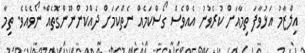
އިލްޒާމު އަޅުވާފަ ތިމާއަށް ކުރެވުނު އެއްވެސް ގޯސްކަމެއް ނެތްކަމަށް ދެއްކުންނޫންގޮތެއް ނޯވެއެވެ. ތިމާ